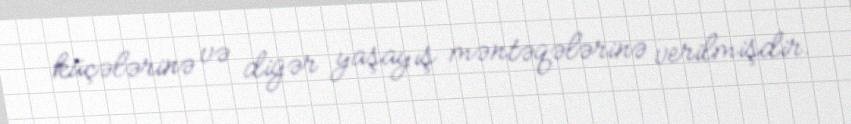
küçələrinə və digər yaşayış məntəqələrinə verilmişdir.